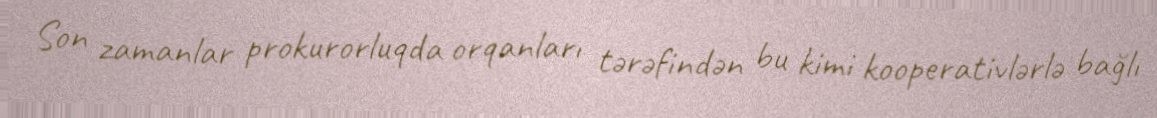
Son zamanlar prokurorluqda orqanları tərəfindən bu kimi kooperativlərlə bağlı